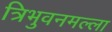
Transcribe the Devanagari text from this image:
त्रिभुवनमल्‍ला